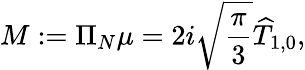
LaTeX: M:=\Pi_{N}\mu=2i\sqrt{\frac{\pi}{3}}\widehat{T}_{1,0},